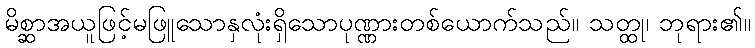
မိစ္ဆာအယူဖြင့်မဖြူသောနှလုံးရှိသောပုဏ္ဏားတစ်ယောက်သည်။ သတ္ထု၊ ဘုရား၏။